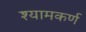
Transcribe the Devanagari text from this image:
श्यामकर्ण